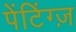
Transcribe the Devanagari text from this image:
पेंटिंग्ज़